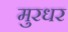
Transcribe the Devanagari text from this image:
मुरधर